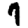
Digit: 7